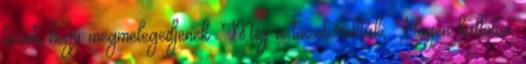
tüzet, hogy megmelegedjenek. Míg a tüzet rakták, Hogen hallotta,